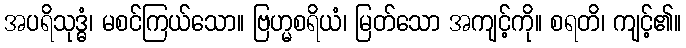
အပရိသုဒ္ဓံ၊ မစင်ကြယ်သော။ ဗြဟ္မစရိယံ၊ မြတ်သော အကျင့်ကို။ စရတိ၊ ကျင့်၏။